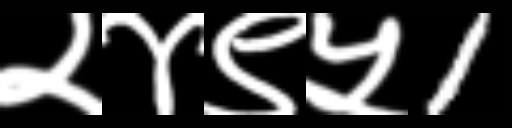
Text: २४९५1